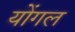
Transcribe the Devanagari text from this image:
योंगल